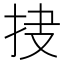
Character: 𱟰